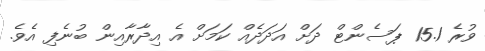
ވުރެ 15.1 ޕަސެންޓް ދަށް އަދަދެއް ކަމަށް އެ އިދާރާއިން ބުނެފި އެވެ.